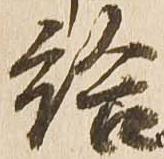
給